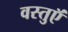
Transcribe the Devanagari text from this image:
वस्‍तुऍं